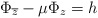
\begin{align*} \Phi_{\overline{z}} - \mu\Phi_z = h \end{align*}